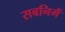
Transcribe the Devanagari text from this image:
सबनिमैं